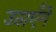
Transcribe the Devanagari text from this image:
उठाएँगे